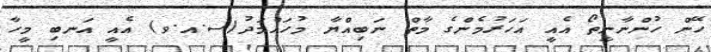
ހޭން ހުންނާނީތޯ އެއީ އަހަރުމެންގެ މާތް ނަބިއްޔާ މުހައްމަދު(ސ.އ.ވ) އެއީ އަނބި މީހާ